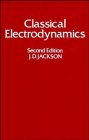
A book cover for Classical Electrodynamics, 2nd Edition; John David Jackson; Science & Math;